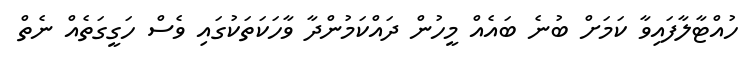
ހުއްޓާލާފައިވާ ކަމަށް ބުނެ ބައެއް މީހުން ދައްކަމުންދާ ވާހަކަތަކުގައި ވެސް ހަގީގަތެއް ނެތް